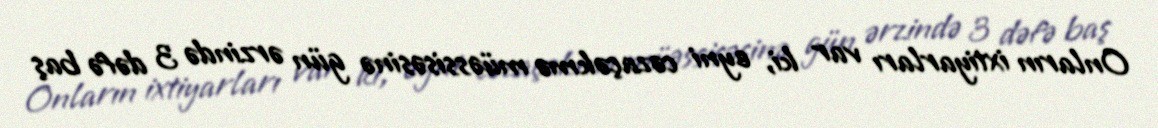
Onların ixtiyarları var ki, eyni cəzaçəkmə müəssisəsinə gün ərzində 3 dəfə baş